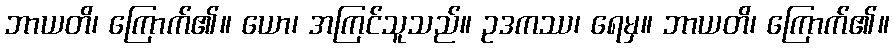
ဘာယတိ၊ ကြောက်၏။ ယော၊ အကြင်သူသည်။ ဥဒကဿ၊ ရေမှ။ ဘာယတိ၊ ကြောက်၏။